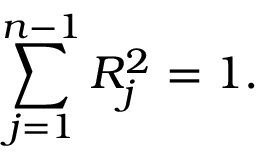
\sum _ { j = 1 } ^ { n - 1 } R _ { j } ^ { 2 } = 1 .